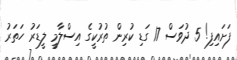
ފަށައިފި! 5 ދުވަސް 17 ގަޑި ކުރިން ތުރުކީގެ އިސްލާމީ ލީޑަރު ހަތަރު